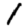
Digit: 1